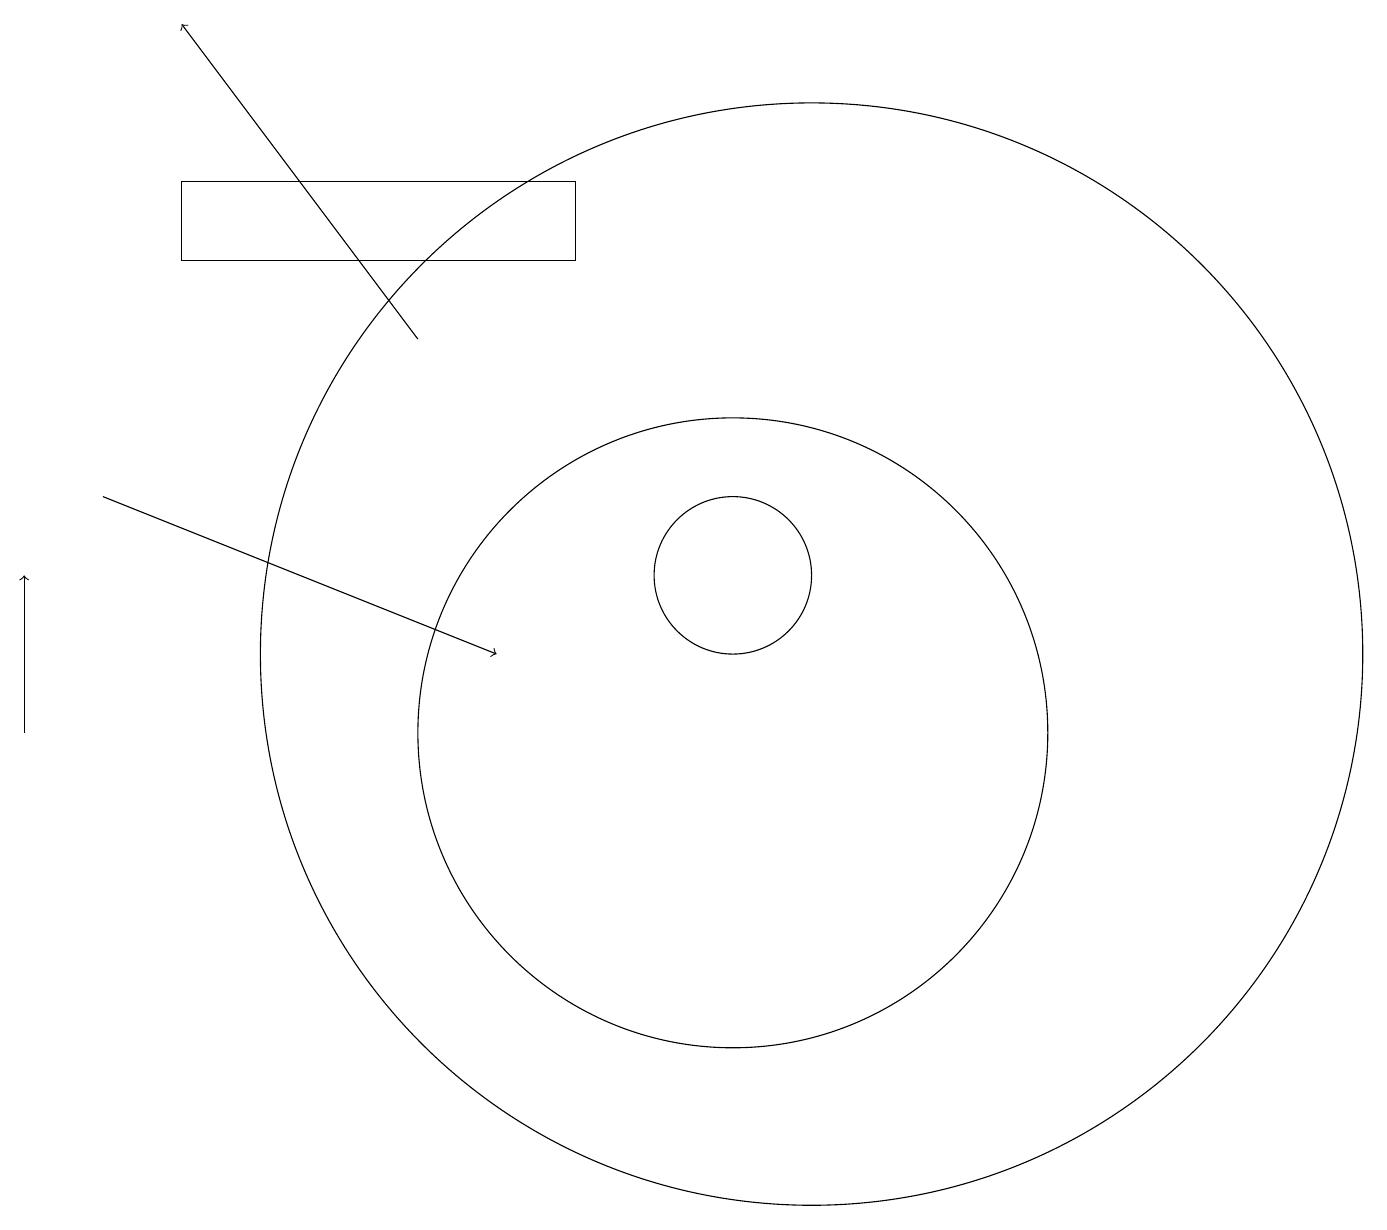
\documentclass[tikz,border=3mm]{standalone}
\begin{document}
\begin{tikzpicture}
\draw (10,12) circle (1);
\draw[->] (6,15) -- (3,19);
\draw[->] (1,10) -- (1,12);
\draw (10,10) circle (4);
\draw (11,11) circle (7);
\draw[->] (2,13) -- (7,11);
\draw (8,16) rectangle (3,17);
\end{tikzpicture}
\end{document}